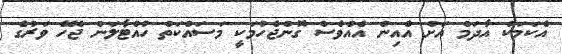
އެކަމަކު އާދަމް އަށް އެއިން އެއްވެސް ގޮންޖެހުމަކީ މަސައްކަތް ހުއްޓާލަން ޖެހޭ ވަރުގެ